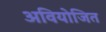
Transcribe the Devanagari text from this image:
अवियोजित